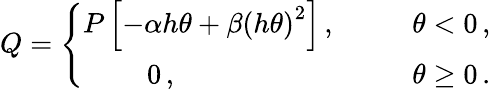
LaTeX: Q=\left\{ \begin{array}{ccc}{{P\left[-\alpha h\theta+\beta\left(h\theta\right)^{2}\right]\, ,}}&{{\; \; \; }}&{{\theta<0\, ,}}\\ {{0\, ,\; \; \; \; \; \; \; \; \; \; \; \; }}&{{\; \; \; }}&{{\theta\geq 0\, .}}\end{array}\right.